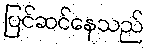
ပြင်ဆင်နေသည်